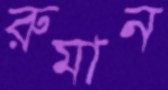
রুমান